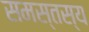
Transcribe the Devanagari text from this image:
समस्तस्य